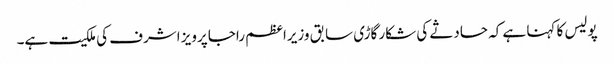
پولیس کا کہنا ہے کہ حادثے کی شکار گاڑی سابق وزیراعظم راجا پرویز اشرف کی ملکیت ہے۔